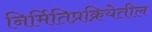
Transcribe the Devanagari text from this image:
निर्मितिप्रक्रियेतील